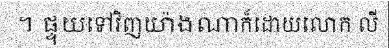
។ ផ្ទុយទៅវិញយ៉ាងណាក៏ដោយលោក លី